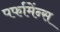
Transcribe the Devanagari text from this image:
पर्फामेंन्स